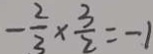
- \frac { 2 } { 3 } \times \frac { 3 } { 2 } = - 1